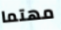
مهتما